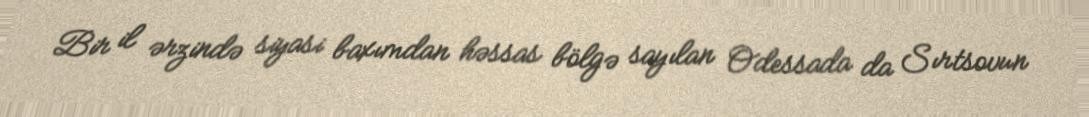
Bir il ərzində siyasi baxımdan həssas bölgə sayılan Odessada da Sırtsovun